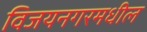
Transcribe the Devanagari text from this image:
विजयनगरमधील